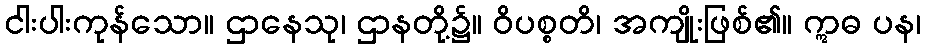
ငါးပါးကုန်သော။ ဌာနေသု၊ ဌာနတို့၌။ ဝိပစ္စတိ၊ အကျိုးဖြစ်၏။ ဣဓ ပန၊